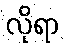
လိုရာ